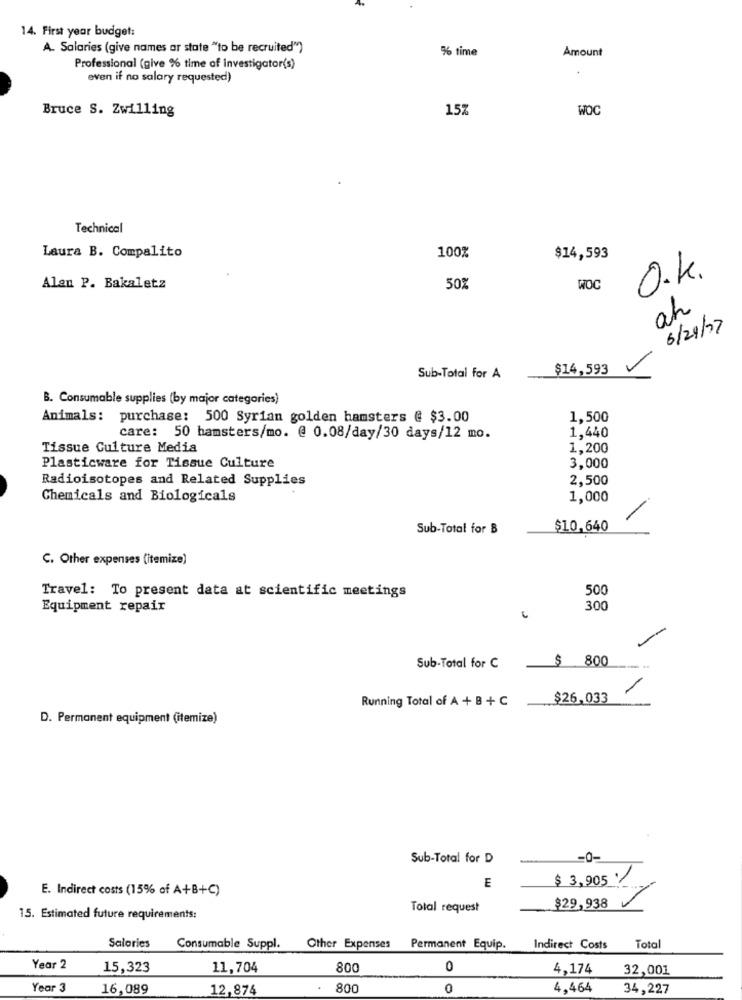
14. First year budget:
A. Salaries (give names ar state "to be recruited")
% time
Amount
Professional (give % time of investigator(s)
even if no salary requested)
Bruce S. Zwilling
15%
WOC
Technical
Laura B. Compalito
100%
$14,593
O.K.
Alan P. Bakaletz
50%
WOC
ah
6/29/17
-
$14,593
Sub-Total for A
B. Consumable supplies (by major categories)
Animals: purchase: 500 Syrian golden hamsters @ $3.00
1,500
1,440
care: 50 hamsters/mo. @ 0.08/day/30 days/12 mo.
Tissue Culture Media
1,200
Plasticware for Tissue Culture
3,000
Radioisotopes and Related Supplies
2,500
Chemicals and Biologicals
1,000
Sub-Total for B
$10,640
C. Other expenses (itemize)
Travel: To present data at scientific meetings
500
Equipment repair
300
-
$ 800
Sub-Total for C
---
Running Total of A + B + C
$26,033
D. Permanent equipment (itemize)
Sub-Total for D
-0-
$ 3,905 /
E. Indirect costs (15% of A+B+C)
E
Total request
$29,938
15. Estimated future requirements:
Salaries
Consumable Suppl.
Other Expenses
Permanent Equip.
Indirect Costs
Tota
Year 2
15,323
11,704
800
0
4,174
32,001
Year 3
16,089
12,874
800
0
4,464
34,227